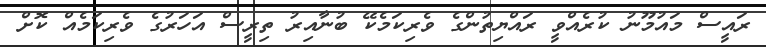
ރައީސް މައުމޫނު ކުރެއްވީ ރައްޔިތުންގެ ވެރިކަމެކޭ ބުނާއިރު ތިރީސް އަހަރުގެ ވެރިކަމެއް ކޮށް